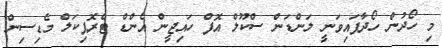
މި ހޯދުން ހޯދާފައިވަނީ ލަންޑަން ސްކޫލް އޮފް ހައިޖީން އެންޑް ޓްރޮޕިކަލް މެޑިސިން